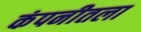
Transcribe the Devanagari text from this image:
कंपनीतला